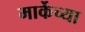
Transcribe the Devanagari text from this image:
मार्केच्या